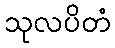
သုလပိတံ